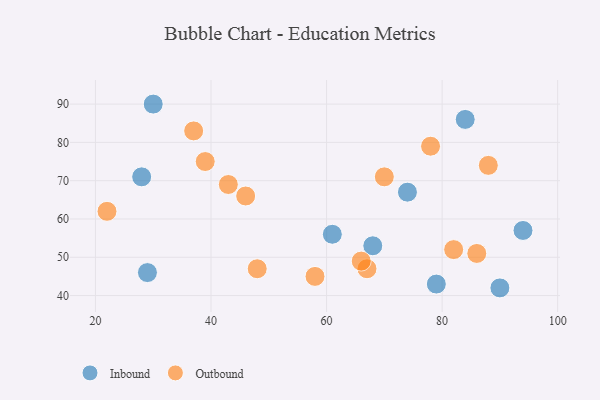
{"axis": {"x": "GDP", "y": "Life Expectancy"}, "legend": ["Inbound", "Outbound"], "data": [{"x": "61", "y": 56, "type": "Inbound"}, {"x": "28", "y": 71, "type": "Inbound"}, {"x": "79", "y": 43, "type": "Inbound"}, {"x": "30", "y": 90, "type": "Inbound"}, {"x": "74", "y": 67, "type": "Inbound"}, {"x": "94", "y": 57, "type": "Inbound"}, {"x": "68", "y": 53, "type": "Inbound"}, {"x": "29", "y": 46, "type": "Inbound"}, {"x": "90", "y": 42, "type": "Inbound"}, {"x": "84", "y": 86, "type": "Inbound"}, {"x": "46", "y": 66, "type": "Outbound"}, {"x": "82", "y": 52, "type": "Outbound"}, {"x": "70", "y": 71, "type": "Outbound"}, {"x": "86", "y": 51, "type": "Outbound"}, {"x": "67", "y": 47, "type": "Outbound"}, {"x": "39", "y": 75, "type": "Outbound"}, {"x": "37", "y": 83, "type": "Outbound"}, {"x": "78", "y": 79, "type": "Outbound"}, {"x": "43", "y": 69, "type": "Outbound"}, {"x": "88", "y": 74, "type": "Outbound"}, {"x": "58", "y": 45, "type": "Outbound"}, {"x": "48", "y": 47, "type": "Outbound"}, {"x": "22", "y": 62, "type": "Outbound"}, {"x": "66", "y": 49, "type": "Outbound"}]}